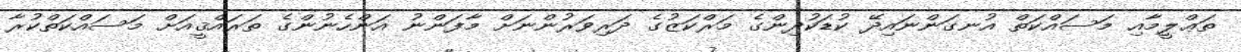
ތަޢްލީމާއި މަސައްކަތް އުނގަންނައިދޭ ކުޑަކުދިންގެ މަރްކަޒުގެ ދަރިވަރުންނަށް މާފަންނު އަންހެނުންގެ ތަރައްޤީއަށް މަސައްކަތްކުރާ